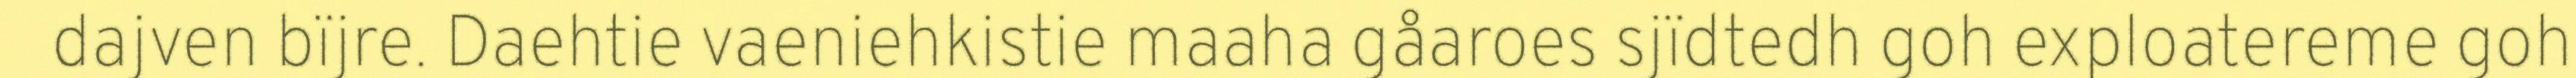
dajven bïjre. Daehtie vaeniehkistie maaha gåaroes sjïdtedh goh exploatereme goh